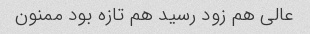
عالی هم زود رسید هم تازه بود ممنون